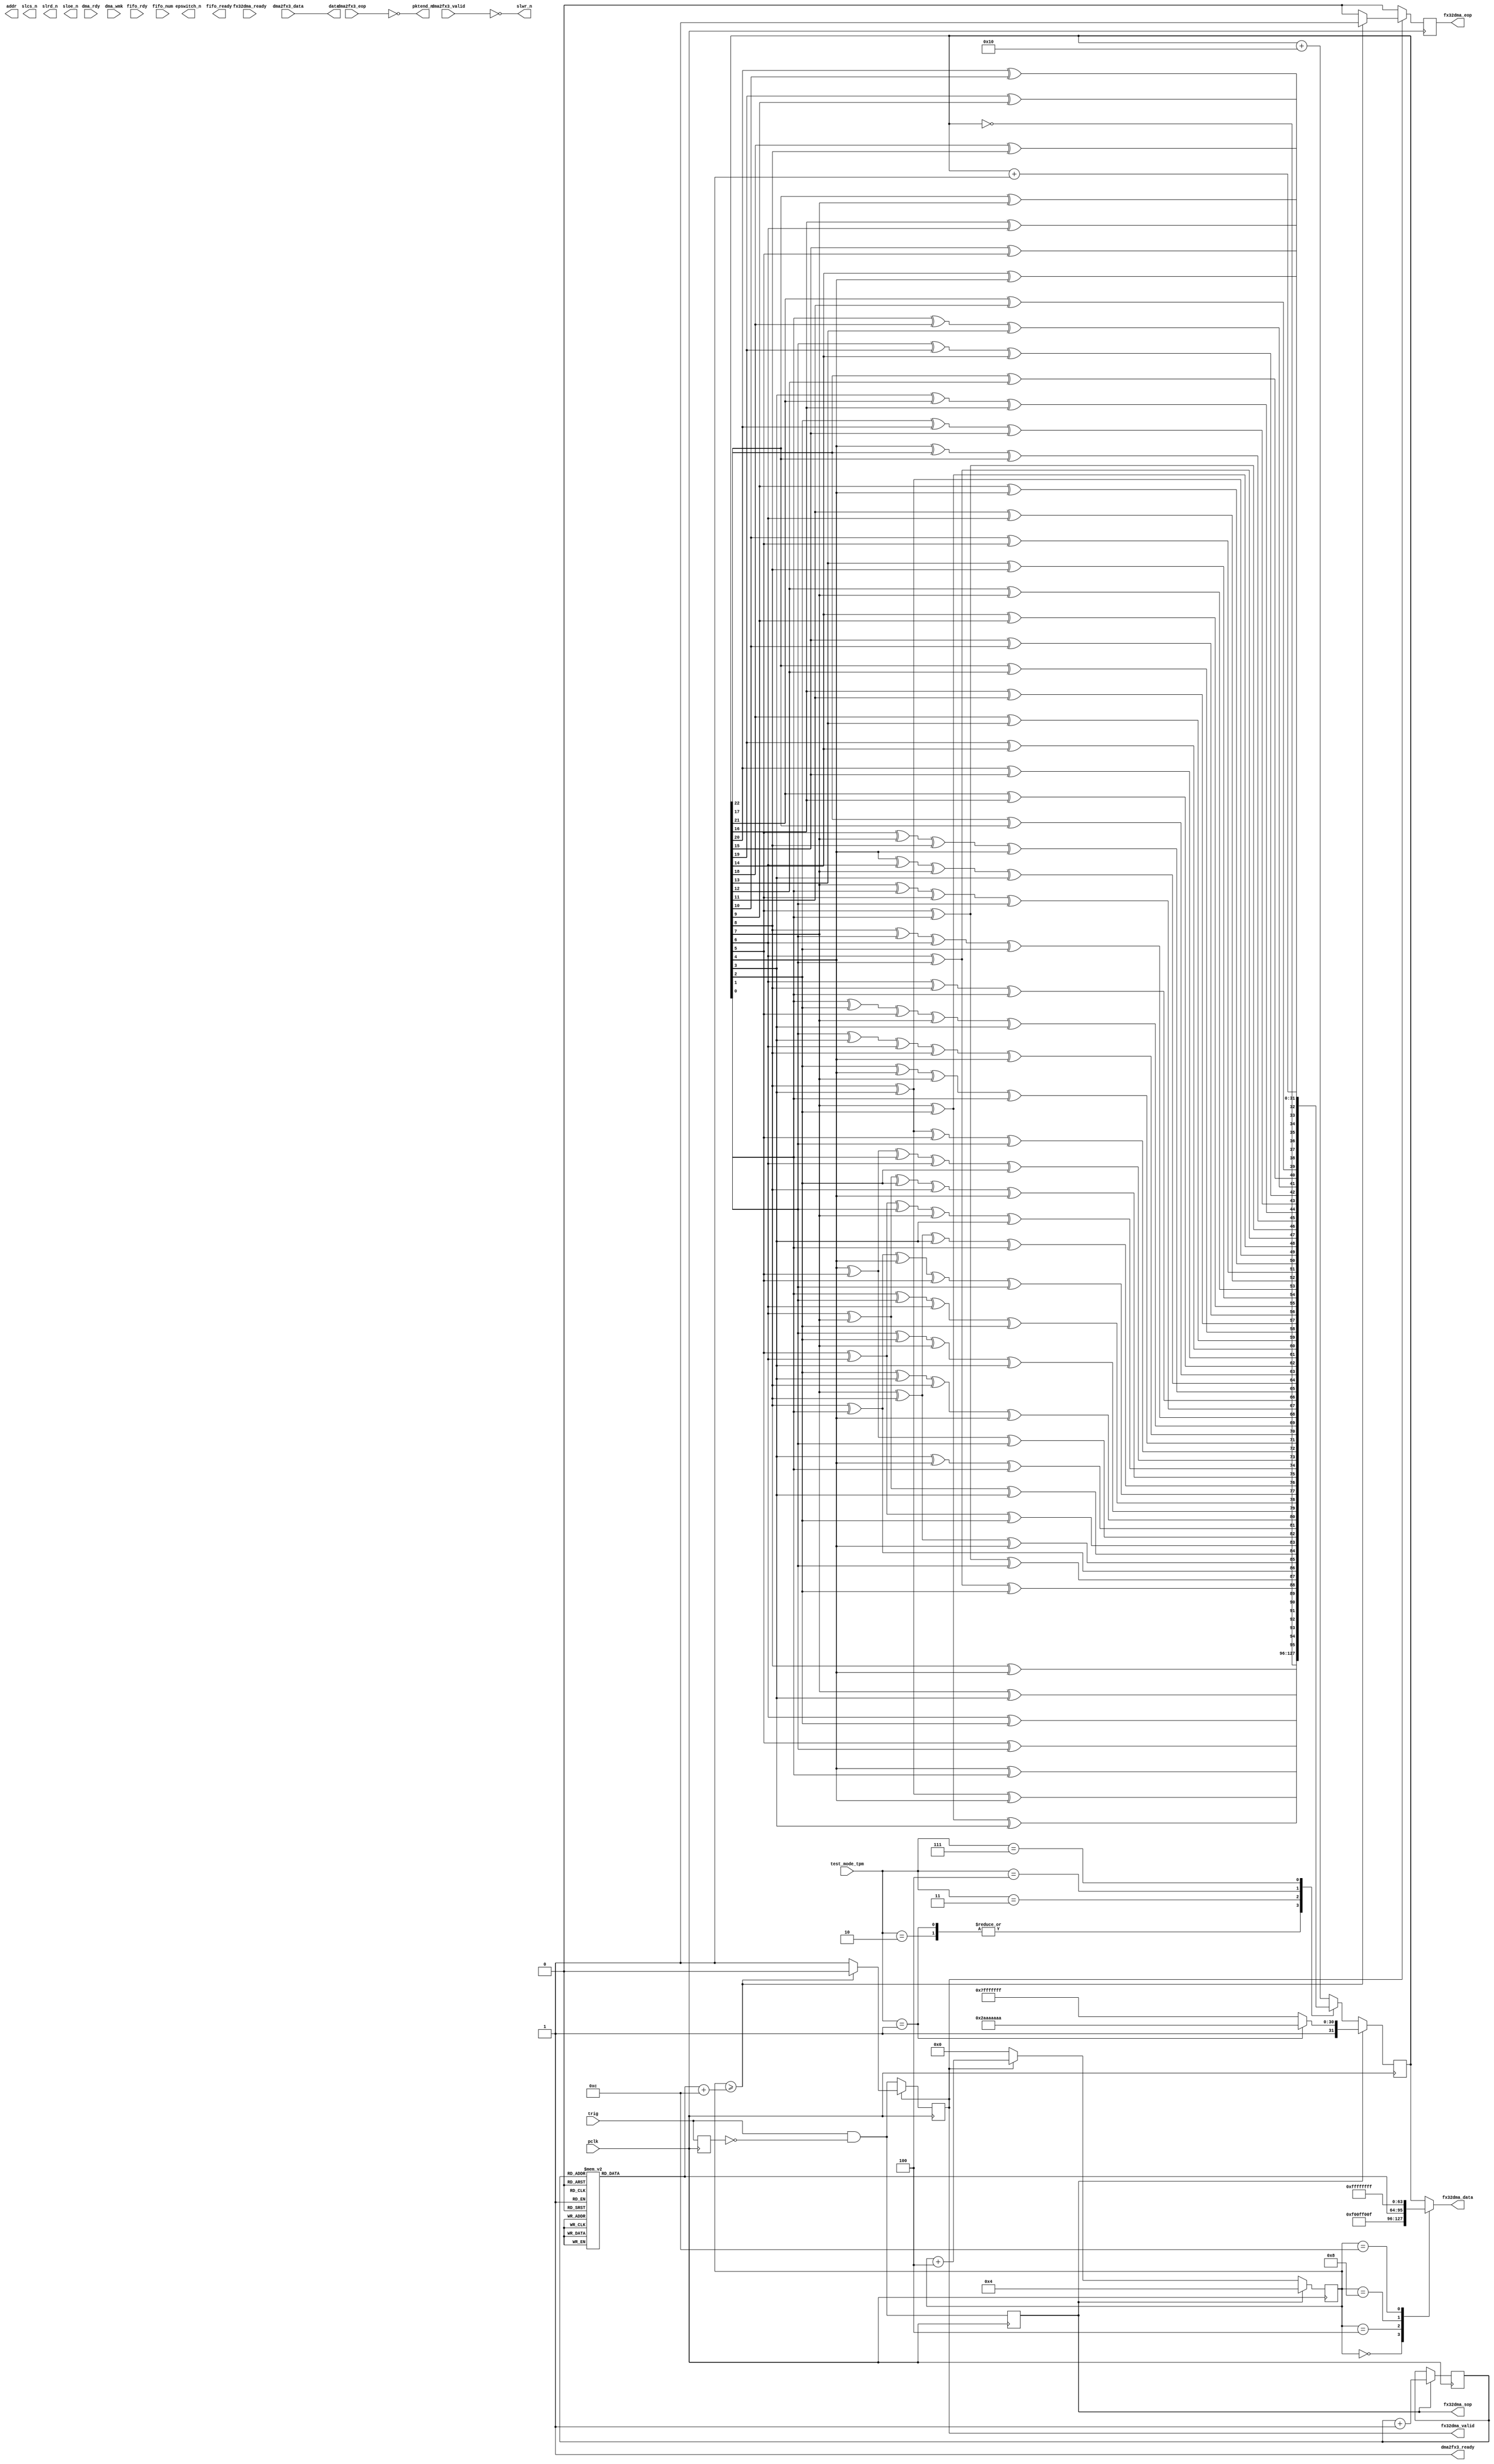
// ***************************************************************************
// ***************************************************************************
// Copyright 2011(c) Analog Devices, Inc.
//
// All rights reserved.
//
// Redistribution and use in source and binary forms, with or without modification,
// are permitted provided that the following conditions are met:
//     - Redistributions of source code must retain the above copyright
//       notice, this list of conditions and the following disclaimer.
//     - Redistributions in binary form must reproduce the above copyright
//       notice, this list of conditions and the following disclaimer in
//       the documentation and/or other materials provided with the
//       distribution.
//     - Neither the name of Analog Devices, Inc. nor the names of its
//       contributors may be used to endorse or promote products derived
//       from this software without specific prior written permission.
//     - The use of this software may or may not infringe the patent rights
//       of one or more patent holders.  This license does not release you
//       from the requirement that you obtain separate licenses from these
//       patent holders to use this software.
//     - Use of the software either in source or binary form, must be run
//       on or directly connected to an Analog Devices Inc. component.
//
// THIS SOFTWARE IS PROVIDED BY ANALOG DEVICES "AS IS" AND ANY EXPRESS OR IMPLIED WARRANTIES,
// INCLUDING, BUT NOT LIMITED TO, NON-INFRINGEMENT, MERCHANTABILITY AND FITNESS FOR A
// PARTICULAR PURPOSE ARE DISCLAIMED.
//
// IN NO EVENT SHALL ANALOG DEVICES BE LIABLE FOR ANY DIRECT, INDIRECT, INCIDENTAL, SPECIAL,
// EXEMPLARY, OR CONSEQUENTIAL DAMAGES (INCLUDING, BUT NOT LIMITED TO, INTELLECTUAL PROPERTY
// RIGHTS, PROCUREMENT OF SUBSTITUTE GOODS OR SERVICES; LOSS OF USE, DATA, OR PROFITS; OR
// BUSINESS INTERRUPTION) HOWEVER CAUSED AND ON ANY THEORY OF LIABILITY, WHETHER IN CONTRACT,
// STRICT LIABILITY, OR TORT (INCLUDING NEGLIGENCE OR OTHERWISE) ARISING IN ANY WAY OUT OF
// THE USE OF THIS SOFTWARE, EVEN IF ADVISED OF THE POSSIBILITY OF SUCH DAMAGE.
// ***************************************************************************
// ***************************************************************************

`timescale 1ns/100ps

module axi_usb_fx3_if (

  dma_rdy,
  dma_wmk,

  fifo_rdy,

  pclk,          //output clk 100 Mhz and 180 phase shift

  data,
  addr,          //output fifo address

  slcs_n,        //output chip select
  slrd_n,        //output read select
  sloe_n,        //output output enable select
  slwr_n,        //output write select
  pktend_n,      //output pkt end
  epswitch_n,    //output pkt end

  fifo_num,
  trig,
  fifo_ready,

  test_mode_tpm,

  fx32dma_valid,
  fx32dma_ready,
  fx32dma_data,
  fx32dma_sop,
  fx32dma_eop,

  dma2fx3_ready,
  dma2fx3_valid,
  dma2fx3_data,
  dma2fx3_eop);

  input           dma_rdy;
  input           dma_wmk;

  input  [10:0]   fifo_rdy;

  input           pclk;

  output  [31:0]  data;
  output  [4:0]   addr;

  output          slcs_n;
  output          slrd_n;
  output          sloe_n;
  output          slwr_n;
  output          pktend_n;
  output          epswitch_n;

  output  [10:0]  fifo_ready;

  input   [ 2:0]  test_mode_tpm;

  input   [4:0]   fifo_num;
  input           trig;

  output          fx32dma_valid;
  input           fx32dma_ready;
  output  [31:0]  fx32dma_data;
  output          fx32dma_sop;
  output          fx32dma_eop;

  input           dma2fx3_valid;
  output          dma2fx3_ready;
  input   [31:0]  dma2fx3_data;
  input           dma2fx3_eop;

  // internal wires

  wire          fx32dma_sop;

  // internal registers

  wire          fx32dma_valid;

  reg   [10:0]  fifo_ready;

  reg           internal_trig = 0;
  reg           trig_d = 0;
  reg   [31:0]  internal_counter = 0;
  reg   [ 2:0]  packet_number = 0;
  reg   [31:0]  data_size = 0;
  reg   [31:0]  fx32dma_data = 0;
  reg   [31:0]  generated_data = 0;
  reg           fx32dma_eop;

  reg           transaction_in_progress = 0;

  assign fx32dma_sop   = internal_trig ;
  assign fx32dma_valid = transaction_in_progress;
 function [31:0] pn23;
    input [31:0] din;
    reg   [31:0] dout;
    begin
      dout[31] = din[22] ^ din[17];
      dout[30] = din[21] ^ din[16];
      dout[29] = din[20] ^ din[15];
      dout[28] = din[19] ^ din[14];
      dout[27] = din[18] ^ din[13];
      dout[26] = din[17] ^ din[12];
      dout[25] = din[16] ^ din[11];
      dout[24] = din[15] ^ din[10];
      dout[23] = din[14] ^ din[ 9];
      dout[22] = din[13] ^ din[ 8];
      dout[21] = din[12] ^ din[ 7];
      dout[20] = din[11] ^ din[ 6];
      dout[19] = din[10] ^ din[ 5];
      dout[18] = din[ 9] ^ din[ 4];
      dout[17] = din[ 8] ^ din[ 3];
      dout[16] = din[ 7] ^ din[ 2];
      dout[15] = din[ 6] ^ din[ 1];
      dout[14] = din[ 5] ^ din[ 0];
      dout[13] = din[ 4] ^ din[22] ^ din[17];
      dout[12] = din[ 3] ^ din[21] ^ din[16];
      dout[11] = din[ 2] ^ din[20] ^ din[15];
      dout[10] = din[ 1] ^ din[19] ^ din[14];
      dout[ 9] = din[ 0] ^ din[18] ^ din[13];
      dout[ 8] = din[22] ^ din[12];
      dout[ 7] = din[21] ^ din[11];
      dout[ 6] = din[20] ^ din[10];
      dout[ 5] = din[19] ^ din[ 9];
      dout[ 4] = din[18] ^ din[ 8];
      dout[ 3] = din[17] ^ din[ 7];
      dout[ 2] = din[16] ^ din[ 6];
      dout[ 1] = din[15] ^ din[ 5];
      dout[ 0] = din[14] ^ din[ 4];
      pn23 = dout;
    end
  endfunction

  function [31:0] pn9;
    input [31:0] din;
    reg   [31:0] dout;
    begin
      dout[31] = din[ 8] ^ din[ 4];
      dout[30] = din[ 7] ^ din[ 3];
      dout[29] = din[ 6] ^ din[ 2];
      dout[28] = din[ 5] ^ din[ 1];
      dout[27] = din[ 4] ^ din[ 0];
      dout[26] = din[ 3] ^ din[ 8] ^ din[ 4];
      dout[25] = din[ 2] ^ din[ 7] ^ din[ 3];
      dout[24] = din[ 1] ^ din[ 6] ^ din[ 2];
      dout[23] = din[ 0] ^ din[ 5] ^ din[ 1];
      dout[22] = din[ 8] ^ din[ 0];
      dout[21] = din[ 7] ^ din[ 8] ^ din[ 4];
      dout[20] = din[ 6] ^ din[ 7] ^ din[ 3];
      dout[19] = din[ 5] ^ din[ 6] ^ din[ 2];
      dout[18] = din[ 4] ^ din[ 5] ^ din[ 1];
      dout[17] = din[ 3] ^ din[ 4] ^ din[ 0];
      dout[16] = din[ 2] ^ din[ 3] ^ din[ 8] ^ din[ 4];
      dout[15] = din[ 1] ^ din[ 2] ^ din[ 7] ^ din[ 3];
      dout[14] = din[ 0] ^ din[ 1] ^ din[ 6] ^ din[ 2];
      dout[13] = din[ 8] ^ din[ 0] ^ din[ 4] ^ din[ 5] ^ din[ 1];
      dout[12] = din[ 7] ^ din[ 8] ^ din[ 3] ^ din[ 0];
      dout[11] = din[ 6] ^ din[ 7] ^ din[ 2] ^ din[ 8] ^ din[ 4];
      dout[10] = din[ 5] ^ din[ 6] ^ din[ 1] ^ din[ 7] ^ din[ 3];
      dout[ 9] = din[ 4] ^ din[ 5] ^ din[ 0] ^ din[ 6] ^ din[ 2];
      dout[ 8] = din[ 3] ^ din[ 8] ^ din[ 5] ^ din[ 1];
      dout[ 7] = din[ 2] ^ din[ 4] ^ din[ 7] ^ din[ 0];
      dout[ 6] = din[ 1] ^ din[ 3] ^ din[ 6] ^ din[ 8] ^ din[ 4];
      dout[ 5] = din[ 0] ^ din[ 2] ^ din[ 5] ^ din[ 7] ^ din[ 3];
      dout[ 4] = din[ 8] ^ din[ 1] ^ din[ 6] ^ din[ 2];
      dout[ 3] = din[ 7] ^ din[ 0] ^ din[ 5] ^ din[ 1];
      dout[ 2] = din[ 6] ^ din[ 8] ^ din[ 0];
      dout[ 1] = din[5] ^ din[7] ^ din[8] ^ din[4];
      dout[ 0] = din[4] ^ din[6] ^ din[7] ^ din[3];
      pn9 = dout;
    end
  endfunction

  always @(posedge pclk) begin
    trig_d <= trig;
    fx32dma_eop <= 1'b0;
    internal_trig <= trig & ~trig_d;
    if (transaction_in_progress == 1'b0) begin
      transaction_in_progress <= trig & ~trig_d;
    end else begin
      if (internal_counter >= data_size + 12) begin
        transaction_in_progress = 1'b0;
        fx32dma_eop <= 1'b1;
      end
    end
  end

  always @(posedge pclk) begin
    if (internal_trig == 1'b1 )begin
      internal_counter <= 4;
      packet_number <= packet_number + 1;
    end else if (transaction_in_progress == 1'b1) begin
      internal_counter <= internal_counter + 4;
    end else begin
      internal_counter <= 0;
    end
  end

  always @(packet_number) begin
    case (packet_number)
      0: data_size = 1;
      1: data_size = 2;
      2: data_size = 3;
      3: data_size = 4;
      4: data_size = 512;
      5: data_size = 1024;
      6: data_size = 32767;
      7: data_size = 32768;
      default: data_size = 16;
    endcase
  end

  always@(internal_counter, data_size, internal_counter, generated_data) begin
    case (internal_counter)
      5'h0: fx32dma_data <= 32'hf00ff00f;
      5'h4: fx32dma_data <= data_size;
      5'h8: fx32dma_data <= 0;
      5'hc: fx32dma_data <= 32'hffffffff;
      default: fx32dma_data <= generated_data;
    endcase
  end

  always @(posedge pclk) begin
    if (fx32dma_sop == 1'b1) begin
      if (test_mode_tpm == 3'h1) begin
        generated_data <= 32'haaaaaaaa;
      end else begin
        generated_data <= 32'hffffffff;
      end
    end else begin
      case(test_mode_tpm)
        4'h0: generated_data <= generated_data + 32'h10;
        4'h1: generated_data <= ~generated_data;
        4'h2: generated_data <= ~generated_data;
        4'h3: generated_data <= pn9(generated_data);
        4'h4: generated_data <= pn23(generated_data);
        4'h7: generated_data <= generated_data + 1;
        default: generated_data <= generated_data + 32'h10;
      endcase
    end
  end
  // dma2fx3

  assign dma2fx3_ready = 1'b1;
  assign data = dma2fx3_data;
  assign pktend_n = ~dma2fx3_eop;
  assign slwr_n = ~dma2fx3_valid;

endmodule

// ***************************************************************************
// ***************************************************************************